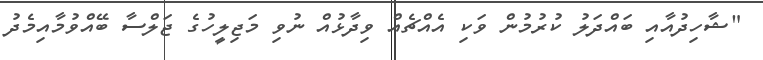
"ޝާހިދުއާއި ބައްދަލު ކުރުމުން ވަކި އެއްޗެއް ވިދާޅުއް ނުވި މަޖިލީހުގެ ޖަލްސާ ބޭއްވުމާއިމެދު